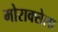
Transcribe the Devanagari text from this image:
मोराक्सेला